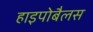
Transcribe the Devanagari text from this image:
हाइपोबैलस